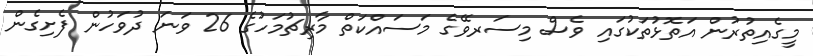
މީގެއިތުރުން އަތޮޅުތަކުގައި ވެސް މިސަރވޭގެ މަސައްކަތް މާރިޗުމަހުގެ 26 ވަނަ ދުވަހުން ފެށިގެން